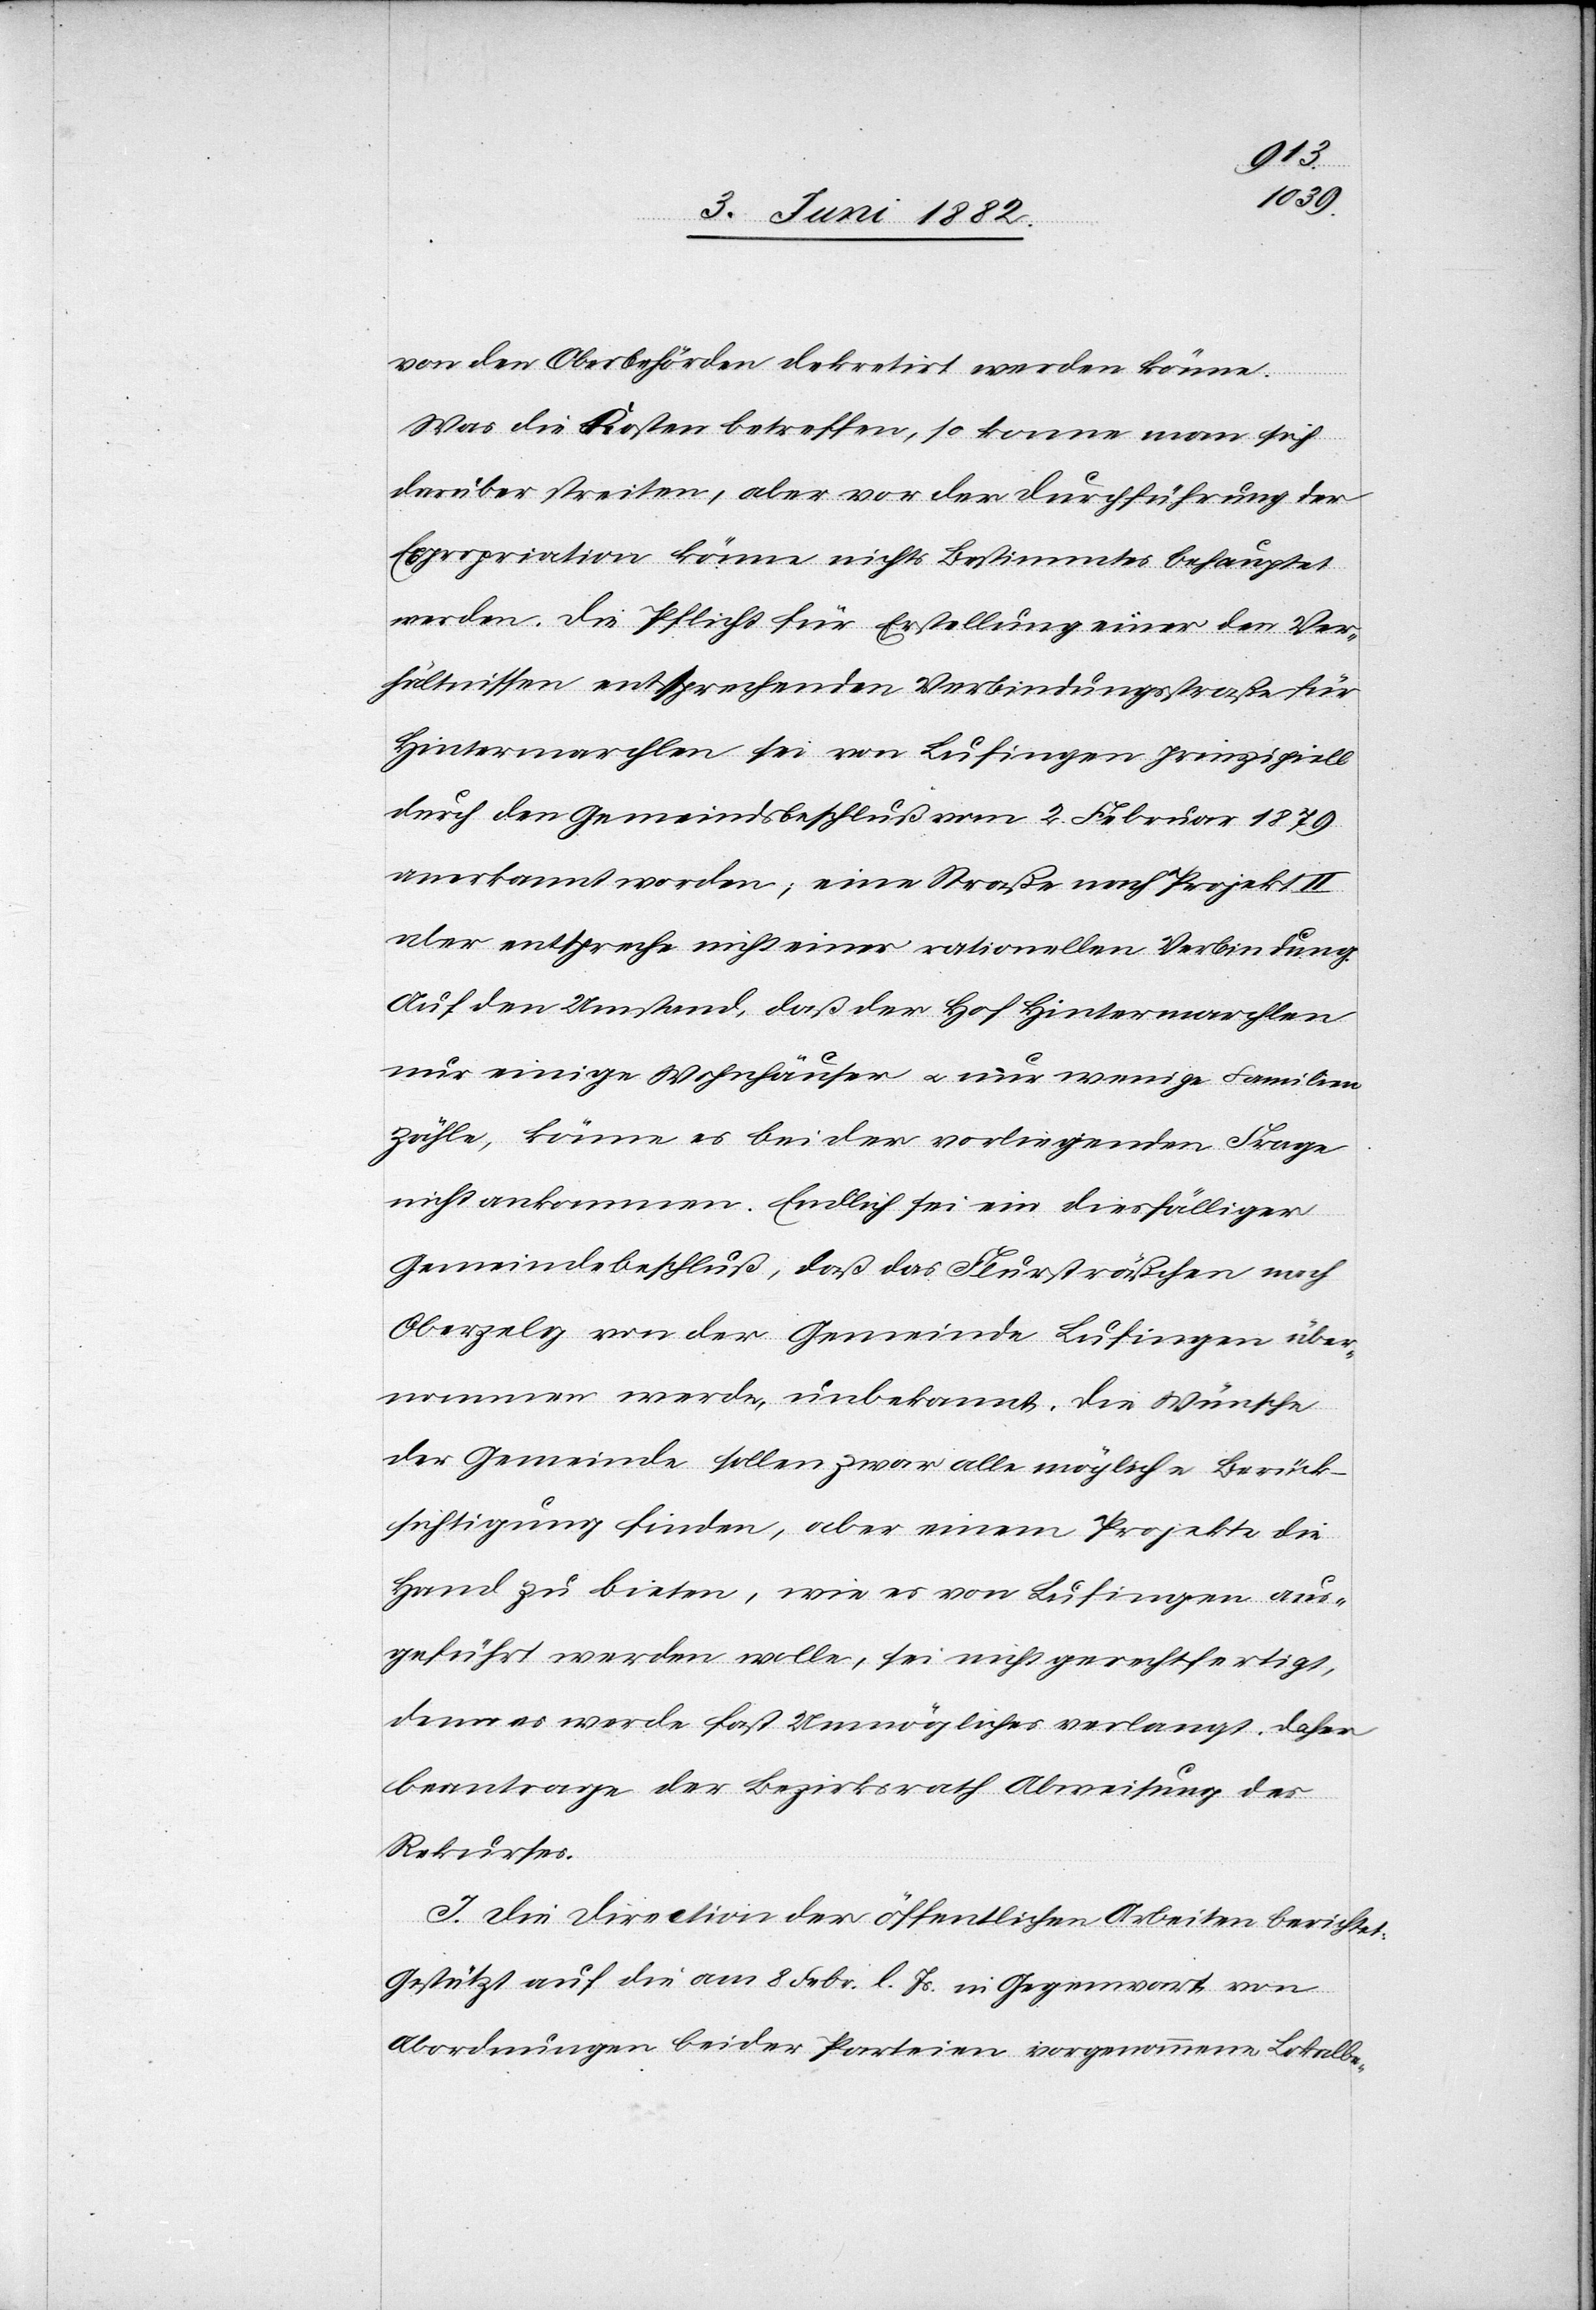
von der Oberbehörde dekretirt werden könne.
Was die Kosten betreffe, so könne man sich
darüber streiten, aber vor der Durchführung der
Expropriation könne nichts Bestimmtes behauptet
werden. Die Pflicht für Erstellung einer den Ver¬
hältnissen entsprechenden Verbindungsstraße für
Hintermarchlen sei von Lufingen prinzipiell
anerkannt worden; eine Straße nach Projekt II
aber entspreche nicht einer rationellen Verbindung.
Auf den Umstand, daß der Hof Hintermarchlen
nur einige Wohnhäuser u. nur wenige Familien
zähle, könne es bei der vorliegenden Frage
nicht ankommen. Endlich sei ein diesfälliger
Gemeindebeschluß, daß das Flursträßchen nach
Oberzelg von der Gemeinde Lufingen über¬
nommen werde, unbekannt. Die Wünsche
der Gemeinde sollen zwar alle möglichst Berück¬
sichtigung finden, aber einem Projekte die
Hand zu bieten, wie es von Lufingen aus¬
geführt werden wolle, sei nicht gerechtfertigt,
denn es werde fast unmögliches verlangt. Daher
beantrage der Bezirksrath Abweisung des
Rekurses.
J. Die Direction der öffentlichen Arbeiten berichtet:
Gestützt auf die am 8. Febr. l. Js. in Gegenwart von
Abordnungen beider Parteien vorgenommene Lokalbe-